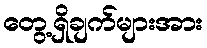
တွေ့ရှိချက်များအား